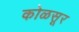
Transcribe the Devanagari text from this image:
कोळसूर